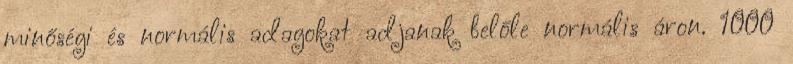
minőségi és normális adagokat adjanak belőle normális áron. 1000